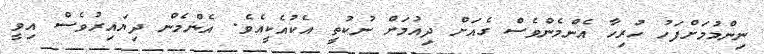
ނިންމުމަށްފަހު ހުރިހާ އެންމެންވެސް ގެއަށް ދިއުމަށް ނުކުތީ އެކުއެކީއެވެ. އެންމެން ދިޔައިރުވެސް އިވީ